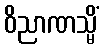
ဝိညာဏသ္မိံ